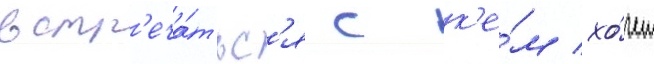
встр'еча́тьс'я с к'е́м хо́чет